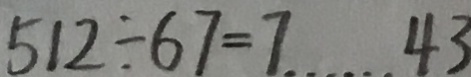
5 1 2 \div 6 7 = 7 \cdots 4 3